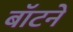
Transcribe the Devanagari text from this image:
बॉटने